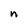
Character: n